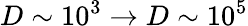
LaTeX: D\sim 10^{3}\to D\sim 10^{5}